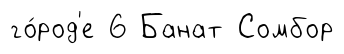
го́род'е 6 Банат Сомбор